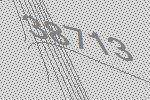
38713